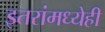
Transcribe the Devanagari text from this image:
इतरांमध्येही